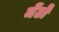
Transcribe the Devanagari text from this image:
मेंटो